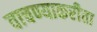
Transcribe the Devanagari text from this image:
वाचण्याकरीता